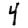
Digit: 4